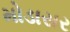
મોડાસર